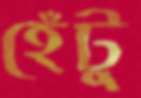
হেঁটু